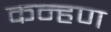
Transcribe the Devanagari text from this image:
कन्हण